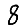
Digit: 8